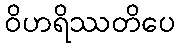
ဝိဟရိဿတိပေ